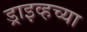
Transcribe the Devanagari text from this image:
ड्राइव्हच्या